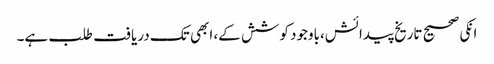
انکی صحیح تاریخ پیدائش،باوجود کوشش کے، ابھی تک دریافت طلب ہے۔